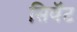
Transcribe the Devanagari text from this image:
सिवॅट